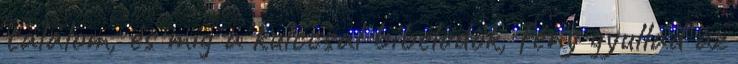
találom, és míg a kulccsal bíbelődök, fény gyullad az